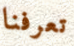
تعرفنا